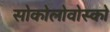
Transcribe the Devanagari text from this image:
सोकोलोवोस्को